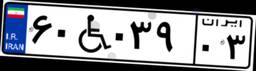
۶۰W۰۳۹۰۳